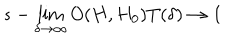
s - \lim _ { \delta \rightarrow \infty } O ( H , H _ { 0 } ) T ( \delta ) \rightarrow \mathbf { 1 }